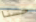
حسنا